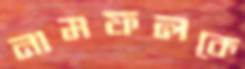
নামফলকে